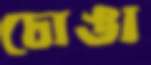
চোঙা